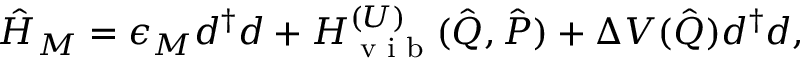
\hat { H } _ { M } = \epsilon _ { M } d ^ { \dagger } d + H _ { \textrm { v i b } } ^ { ( U ) } ( \hat { \boldsymbol { Q } } , \hat { \boldsymbol { P } } ) + \Delta V ( \hat { \boldsymbol { Q } } ) d ^ { \dagger } d ,